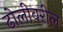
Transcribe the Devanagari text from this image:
ढोलीवरील